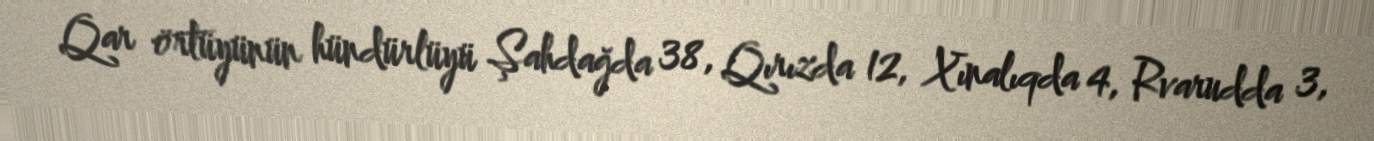
Qar örtüyünün hündürlüyü Şahdağda 38, Qırızda 12, Xınalıqda 4, Rvarudda 3,